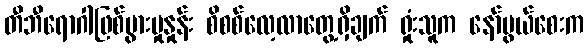
တီဘီရောဂါဖြစ်ပွားမှုနှုန်း စိစစ်လေ့လာတွေ့ရှိချက် ရှုံးသူက နော်ပွယ်စေးက